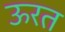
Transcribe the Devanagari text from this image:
ऊरत